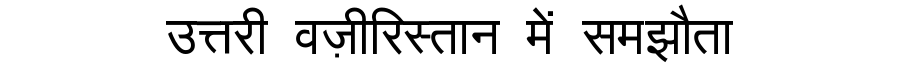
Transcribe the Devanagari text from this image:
उत्तरी वज़ीरिस्तान में समझौता